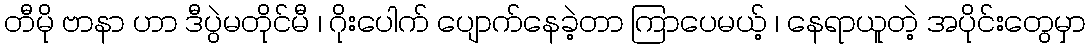
တီမို ဗာနာ ဟာ ဒီပွဲမတိုင်မီ ၊ ဂိုးပေါက် ပျောက်နေခဲ့တာ ကြာပေမယ့် ၊ နေရာယူတဲ့ အပိုင်းတွေမှာ